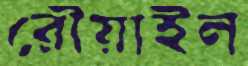
রৌয়াইল